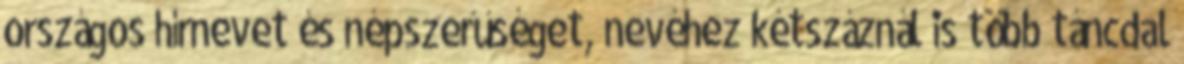
országos hírnevet és népszerűséget, nevéhez kétszáznál is több táncdal